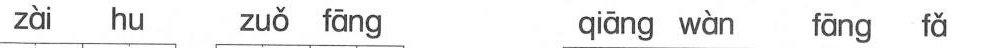
zài hu zuǒ fāng qiāng wàn fāng fǎ